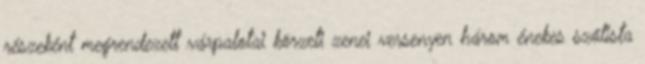
részeként megrendezett várpalotai körzeti zenei versenyen három énekes szólista